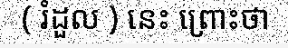
( រំដួល ) នេះ ព្រោះថា